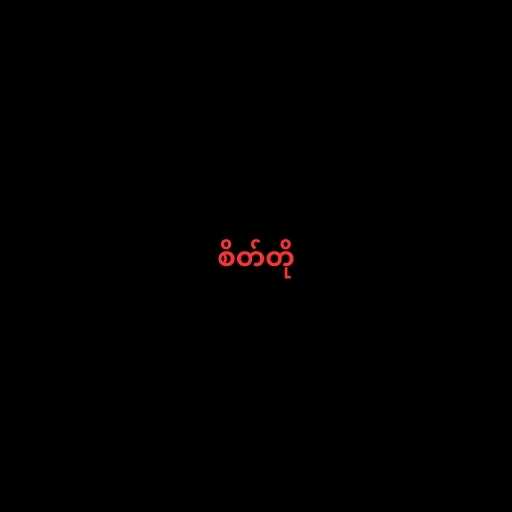
စိတ်တို